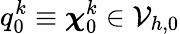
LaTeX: q_{0}^{k}\equiv\boldsymbol{\chi}_{0}^{k}\in\mathcal{V}_{h,0}